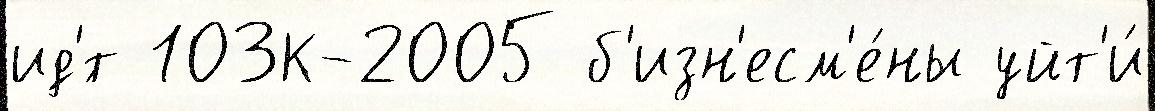
ид'́т 103К-2005 б'изн'есм'е́ны уйт'и́